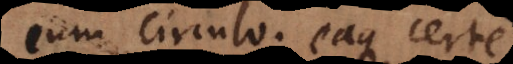
cum circulo; eaque certe